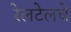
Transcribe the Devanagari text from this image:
रेलटेलचे